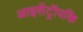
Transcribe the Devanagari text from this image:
आइसेंट्रॉपकि